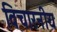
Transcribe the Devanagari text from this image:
विचारनीय